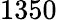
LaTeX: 1350